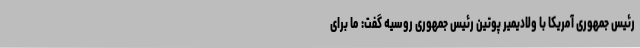
رئیس جمهوری آمریکا با ولادیمیر پوتین رئیس جمهوری روسیه گفت: ما برای